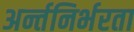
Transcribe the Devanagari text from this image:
अर्न्तनिर्भरता